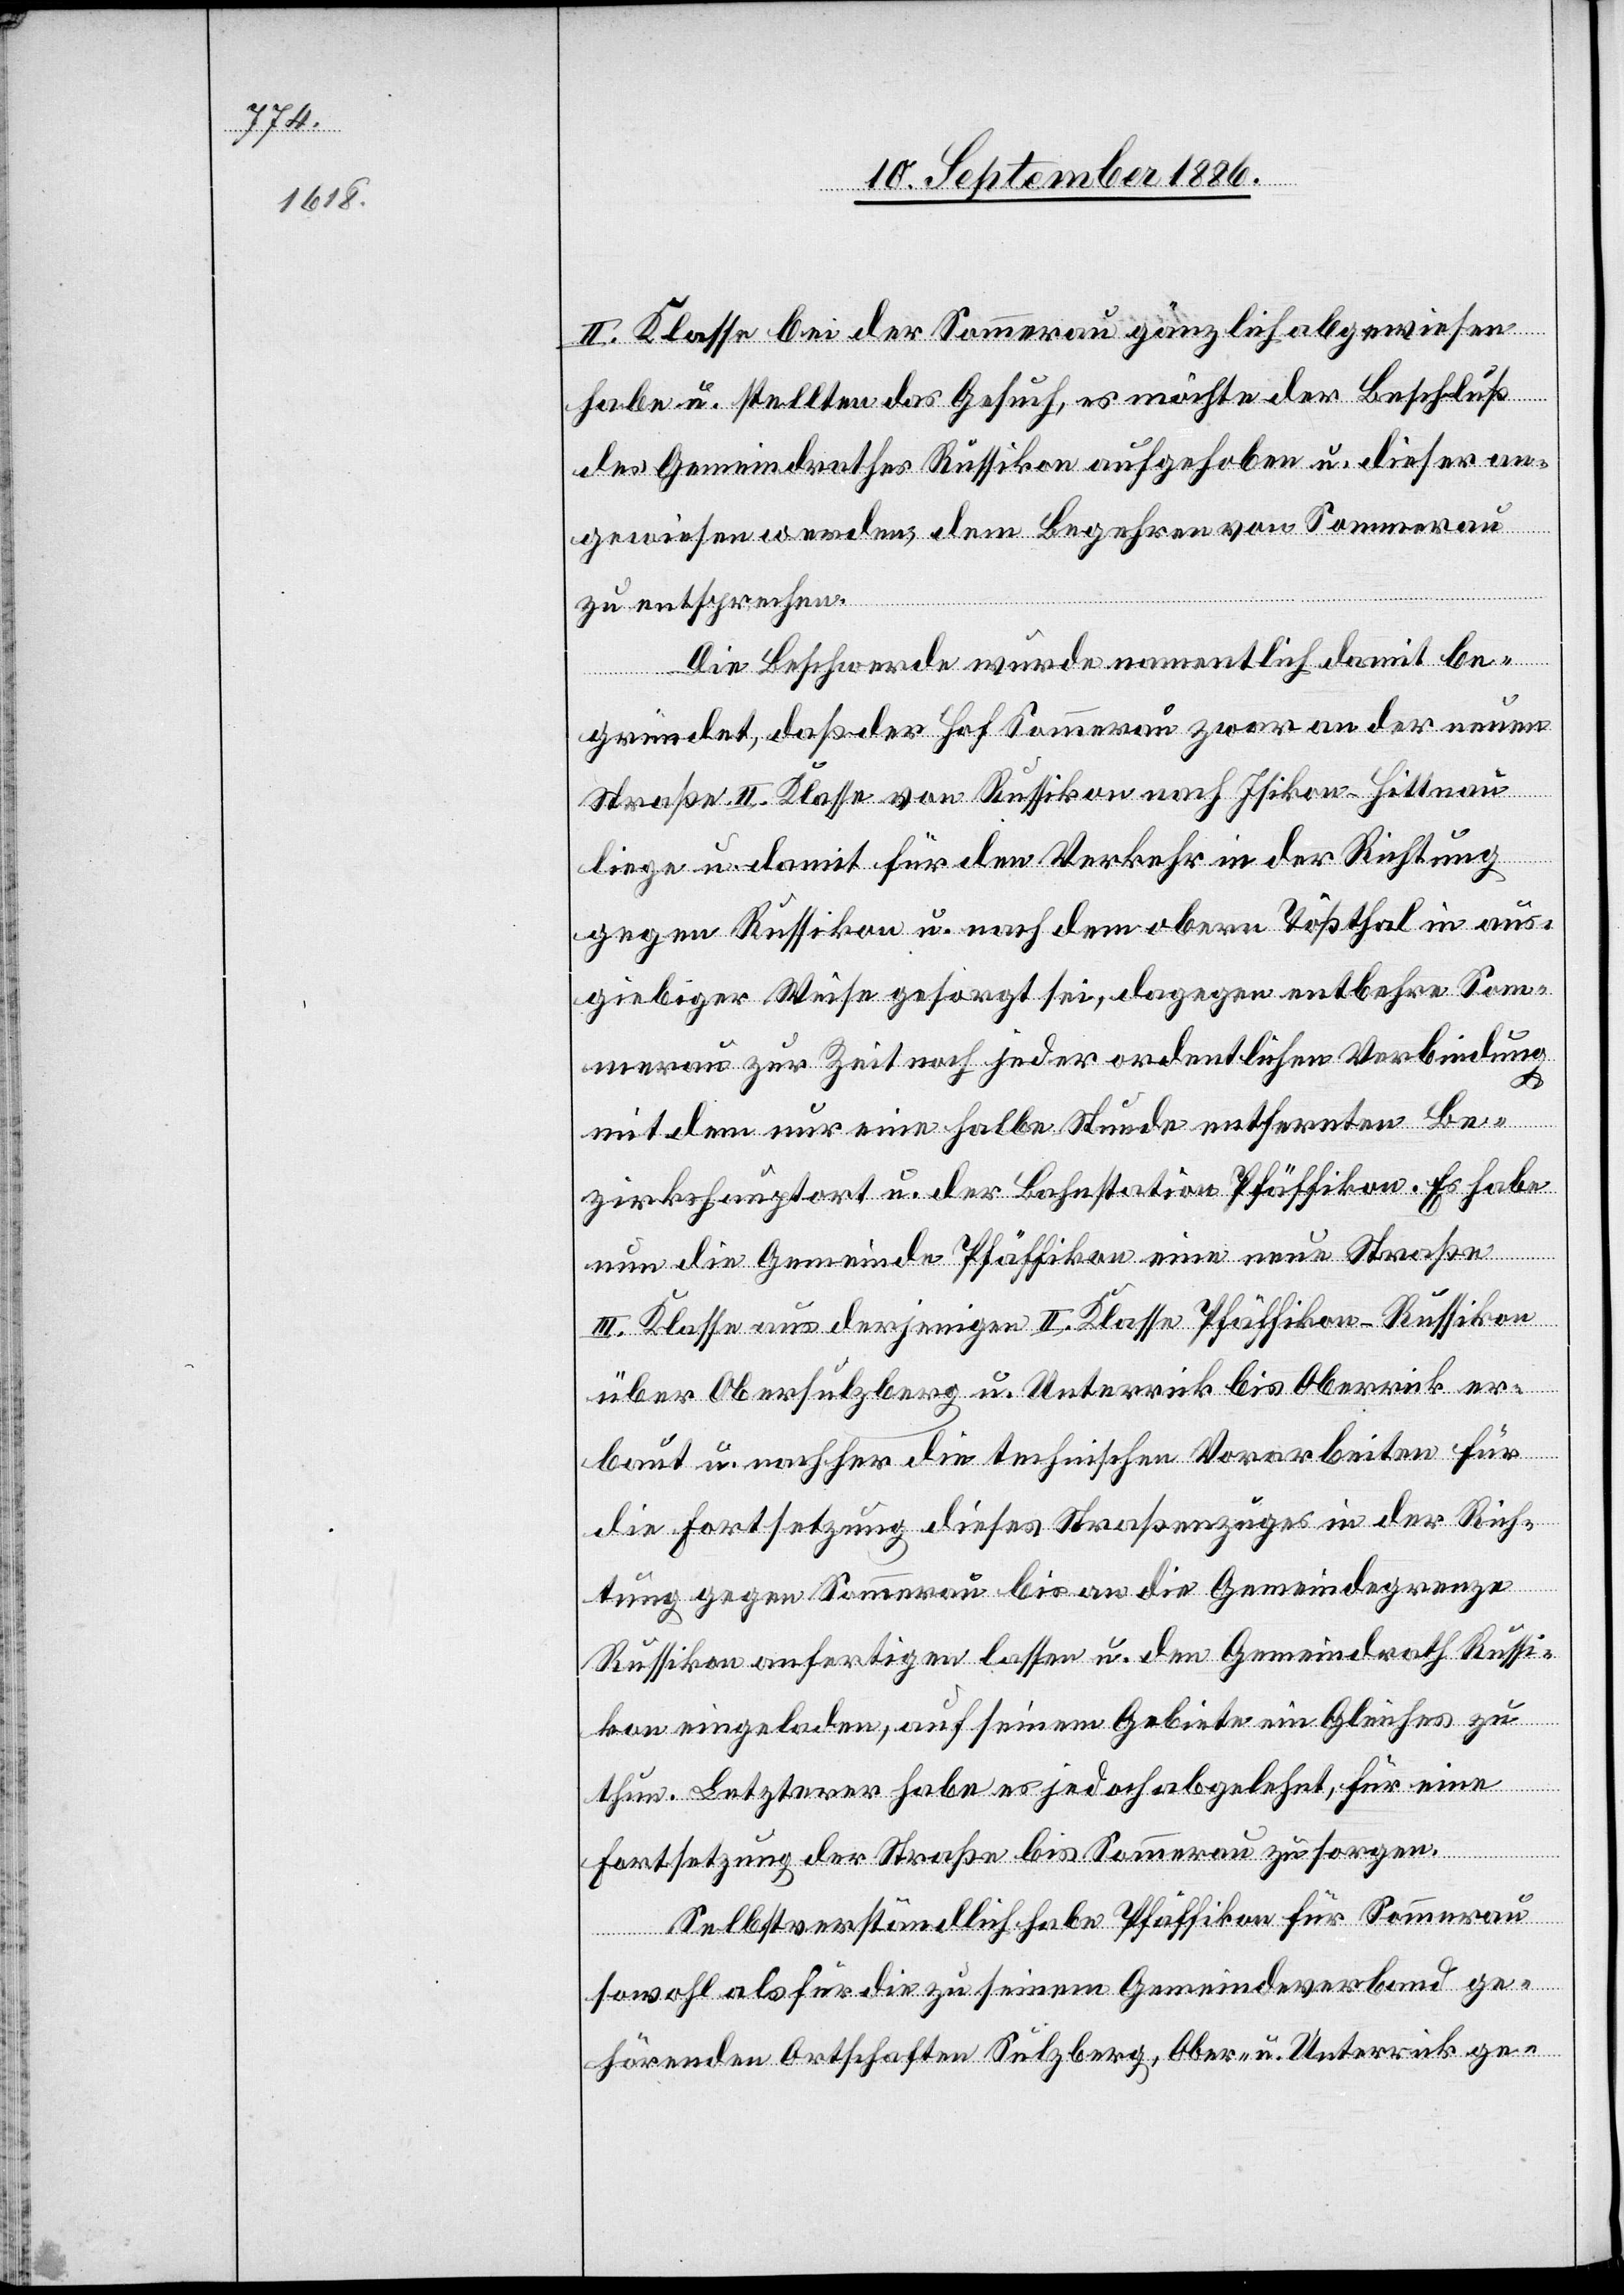
II. Klasse bei der Sommerau gänzlich abgewiesen
habe u. stellten das Gesuch, es möchte der Beschluß
des Gemeindrathes Russikon aufgehoben u. dieser an¬
gewiesen werden, dem Begehren von Sommerau
zu entsprechen.
Die Beschwerde wurde namentlich damit be¬
gründet, daß der Hof Sommerau zwar an der neuen
Straße II. Klasse von Russikon nach Isikon - Hittnau
liege u. damit für den Verkehr in der Richtung
gegen Russikon u. nach dem obern Tößthal in aus¬
giebiger Weise gesorgt sei, dagegen entbehre Som¬
merau zur Zeit noch jeder ordentlichen Verbindung
mit dem nur eine halbe Stunde entfernten Be¬
zirkshauptort u. der Bahnstation Pfäffikon. Es habe
nun die Gemeinde Pfäffikon eine neue Straße
III. Klasse aus derjenigen II. Klasse Pfäffikon–Russikon
über Obersulzberg u. Unterrick bis Oberrick er¬
baut u. nachher die technischen Vorarbeiten für
die Fortsetzung dieses Straßenzuges in der Rich¬
tung gegen Sommerau bis an die Gemeindegrenze
Russikon anfertigen lassen u. den Gemeindrath Russi¬
kon eingeladen, auf seinem Gebiete ein Gleiches zu
thun. Letzterer habe es jedoch abgelehnt, für eine
Fortsetzung der Straße bis Sommerau zu sorgen.
Selbstverständlich habe Pfäffikon für Sommerau
sowohl als für die zu seinem Gemeindeverband ge¬
hörenden Ortschaften Sulzberg, Ober- u. Unterrick ge-